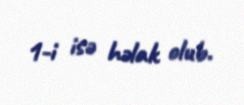
1-i isə həlak olub.